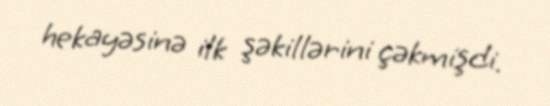
hekayəsinə ilk şəkillərini çəkmişdi.